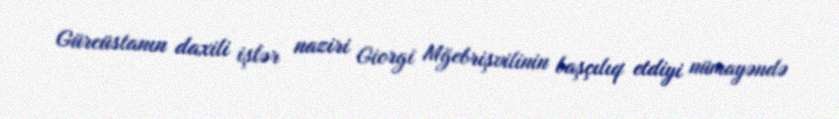
Gürcüstanın daxili işlər naziri Giorgi Mğebrişvilinin başçılıq etdiyi nümayəndə